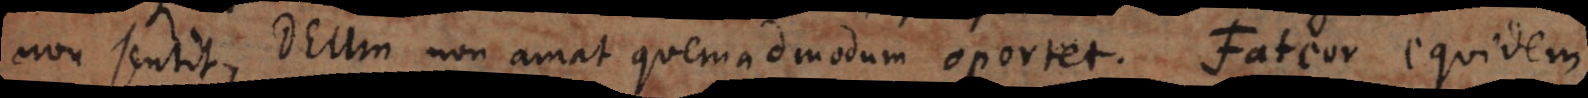
non sentit, Deum non amat quemadmodum oportet. Fateor equidem